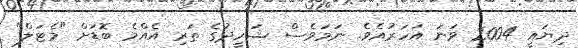
ދިޔައީ 2004 ވަނަ އަހަރުއެވެ. ނަމަވެސް ޝަހީދުގެ ތަރި އެއްމެ ބޮޑަށް "މެޓަލް"